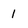
Character: 1